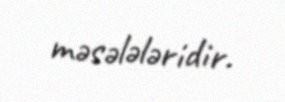
məsələləridir.